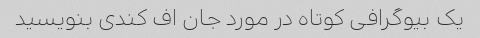
یک بیوگرافی کوتاه در مورد جان اف کندی بنویسید